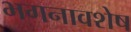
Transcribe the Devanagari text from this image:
भगनावशेष